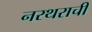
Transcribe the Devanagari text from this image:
नरथराची